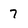
Character: 7